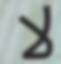
لا